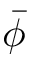
\bar { \phi }